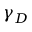
\gamma _ { D }